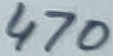
Text: 470